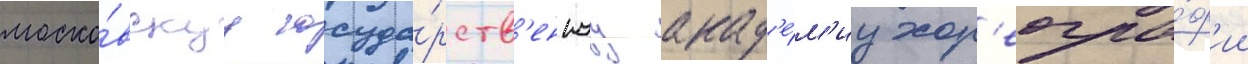
моско́вскуу госуда́рств'еннуу акад'е́м'иу хор'еогра́ф'ии